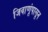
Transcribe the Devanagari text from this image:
जिवाणूंपासून